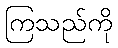
ကြသည်ကို